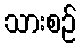
သားစဉ်